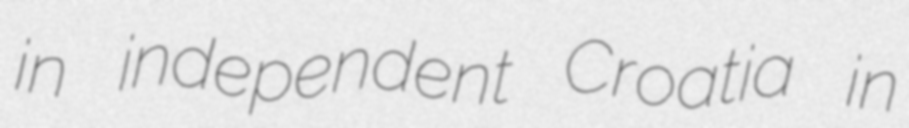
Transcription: in independent Croatia in